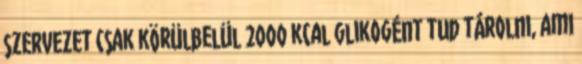
szervezet csak körülbelül 2000 kcal glikogént tud tárolni, ami